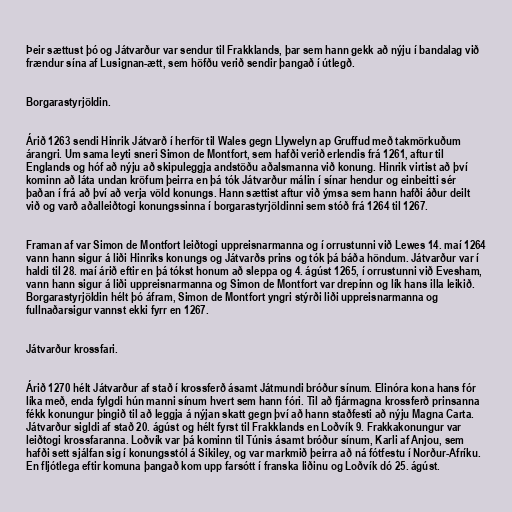
Þeir sættust þó og Játvarður var sendur til Frakklands, þar sem hann gekk að nýju í bandalag við
frændur sína af Lusignan-ætt, sem höfðu verið sendir þangað í útlegð.

Borgarastyrjöldin.

Árið 1263 sendi Hinrik Játvarð í herför til Wales gegn Llywelyn ap Gruffud með takmörkuðum
árangri. Um sama leyti sneri Simon de Montfort, sem hafði verið erlendis frá 1261, aftur til
Englands og hóf að nýju að skipuleggja andstöðu aðalsmanna við konung. Hinrik virtist að því
kominn að láta undan kröfum þeirra en þá tók Játvarður málin í sínar hendur og einbeitti sér
þaðan í frá að því að verja völd konungs. Hann sættist aftur við ýmsa sem hann hafði áður deilt
við og varð aðalleiðtogi konungssinna í borgarastyrjöldinni sem stóð frá 1264 til 1267.

Framan af var Simon de Montfort leiðtogi uppreisnarmanna og í orrustunni við Lewes 14. maí 1264
vann hann sigur á liði Hinriks konungs og Játvarðs prins og tók þá báða höndum. Játvarður var í
haldi til 28. maí árið eftir en þá tókst honum að sleppa og 4. ágúst 1265, í orrustunni við Evesham,
vann hann sigur á liði uppreisnarmanna og Simon de Montfort var drepinn og lík hans illa leikið.
Borgarastyrjöldin hélt þó áfram, Simon de Montfort yngri stýrði liði uppreisnarmanna og
fullnaðarsigur vannst ekki fyrr en 1267.

Játvarður krossfari.

Árið 1270 hélt Játvarður af stað í krossferð ásamt Játmundi bróður sínum. Elinóra kona hans fór
líka með, enda fylgdi hún manni sínum hvert sem hann fóri. Til að fjármagna krossferð prinsanna
fékk konungur þingið til að leggja á nýjan skatt gegn því að hann staðfesti að nýju Magna Carta.
Játvarður sigldi af stað 20. ágúst og hélt fyrst til Frakklands en Loðvík 9. Frakkakonungur var
leiðtogi krossfaranna. Loðvík var þá kominn til Túnis ásamt bróður sínum, Karli af Anjou, sem
hafði sett sjálfan sig í konungsstól á Sikiley, og var markmið þeirra að ná fótfestu í Norður-Afríku.
En fljótlega eftir komuna þangað kom upp farsótt í franska liðinu og Loðvík dó 25. ágúst.